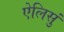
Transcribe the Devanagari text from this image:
ऐलिसुं